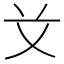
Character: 𰰝